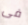
فى